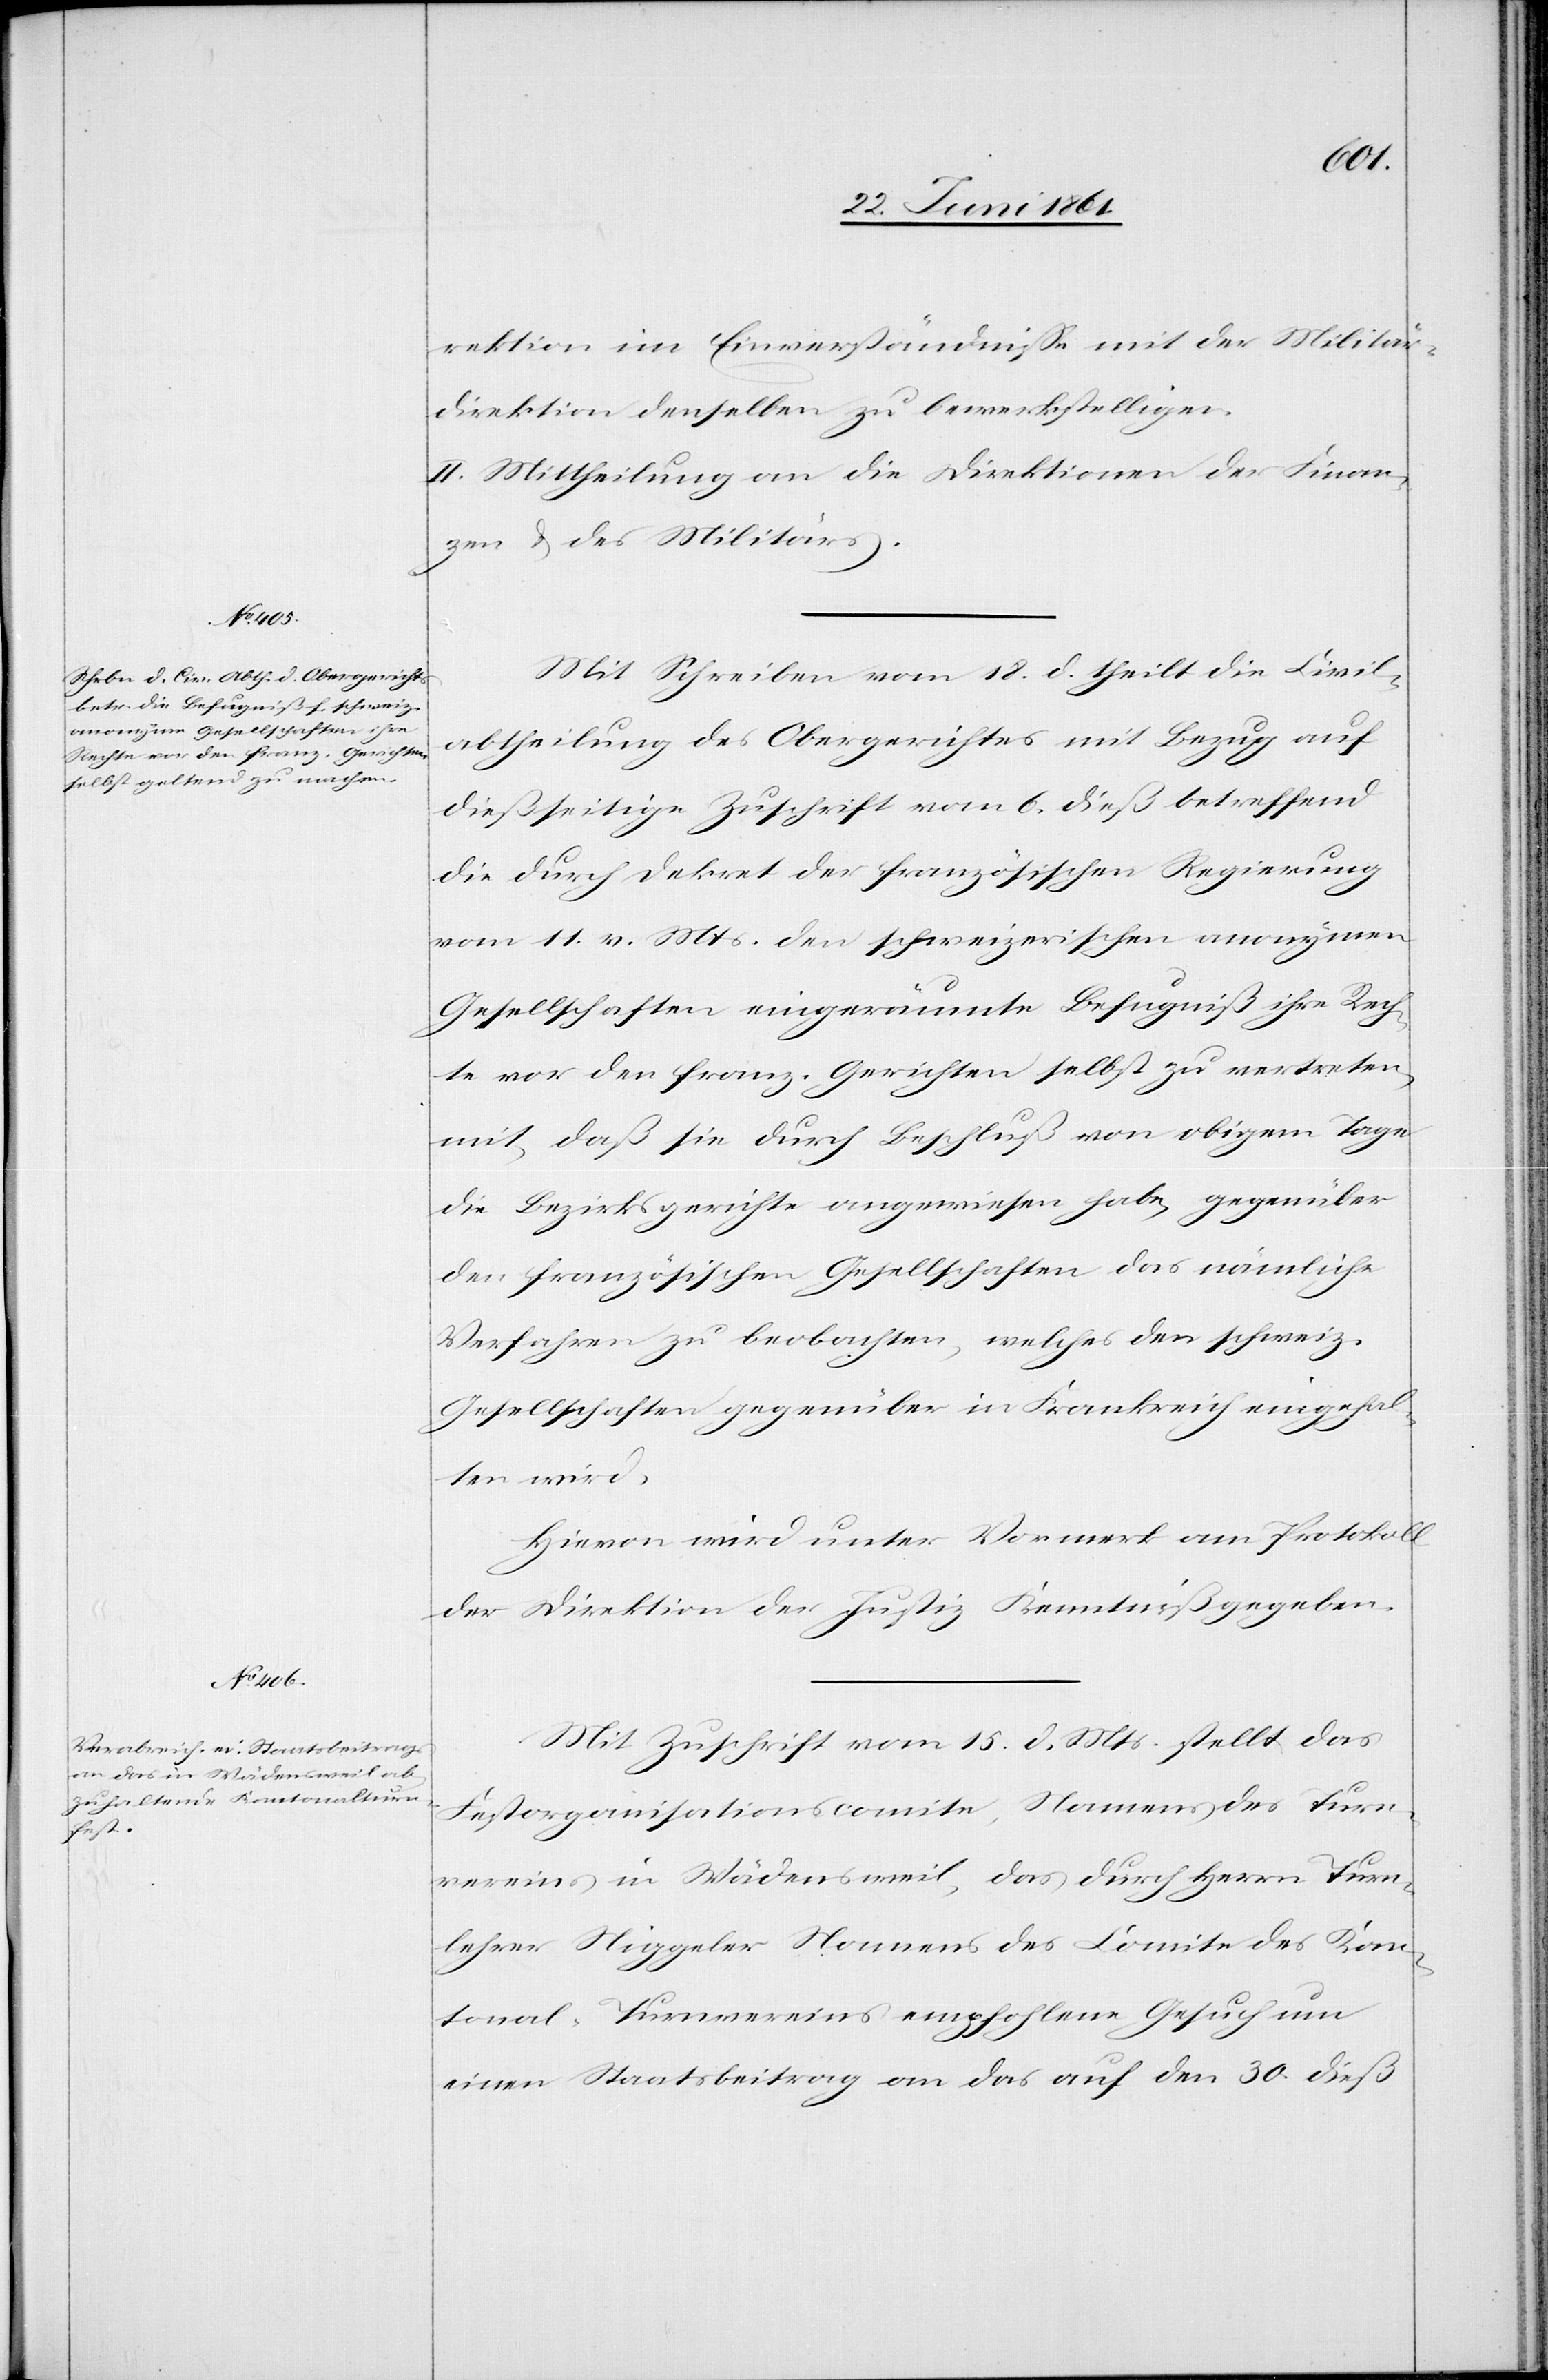
rektion im Einverständnisse mit der Militär¬
direktion denselben zu bewerkstelligen.
II. Mittheilung an die Direktionen der Finan¬
zen u. des Militärs.
Mit Schreiben vom 18. d. theilt die Civil¬
abtheilung des Obergerichtes mit Bezug auf
dießseitige Zuschrift vom 6. dieß betreffend
die durch Dekret der französischen Regierung
vom 11. v. Mts. den schweizerischen anonymen
Gesellschaften eingeräumte Befugniß ihre Rech¬
te vor den franz. Gerichten selbst zu vertreten,
mit, daß sie durch Beschluß von obigem Tage
die Bezirksgerichte angewiesen habe, gegenüber
den französischen Gesellschaften das nämliche
Verfahren zu beobachten, welches den schweiz.
Gesellschaften gegenüber in Frankreich eingehal¬
ten wird.
Hievon wird unter Vormerk am Protokoll
der Direktion der Justiz Kenntniß gegeben.
Mit Zuschrift vom 15. d. Mts. stellt das
Festorganisationscomite, Namens des Turn¬
vereins in Wädensweil, das durch Herrn Turn¬
lehrer Niggeler Namens des Comite des Kan¬
tonal-Turnvereins empfohlene Gesuch um
einen Staatsbeitrag an das auf den 30. dieß